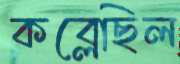
কব্‌লেছিল